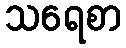
သရေစာ